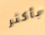
بأكثر